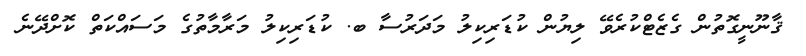
ޤާނޫނީގޮތުން ގެޒެޓްކުރެވޭ ލިޔުން ކުޑަރިކިލު މަދަރުސާ ބ. ކުޑަރިކިލު މަރާމާތުގެ މަސައްކަތް ކޮށްދޭނެ